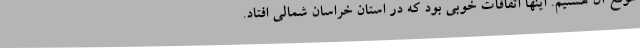
موقع آن هستیم. اینها اتفاقات خوبی بود که در استان خراسان شمالی افتاد.